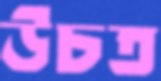
উচত